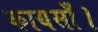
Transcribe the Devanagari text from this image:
कायसाँ।